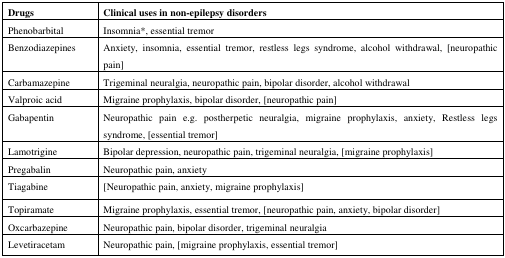
| Drugs | Clinical uses in non-epilepsy disorders |
 | --- | --- |
 | Phenobarbital | Insomnia*, essential tremor |
 | Benzodiazepines | Anxiety, insomnia, essential tremor, restless legs syndrome, alcohol withdrawal, [neuropathic pain] |
 | Carbamazepine | Trigeminal neuralgia, neuropathic pain, bipolar disorder, alcohol withdrawal |
 | Valproic acid | Migraine prophylaxis, bipolar disorder, [neuropathic pain] |
 | Gabapentin | Neuropathic pain e.g. postherpetic neuralgia, migraine prophylaxis, anxiety, Restless legs syndrome, [essential tremor] |
 | Lamotrigine | Bipolar depression, neuropathic pain, trigeminal neuralgia, [migraine prophylaxis] |
 | Pregabalin | Neuropathic pain, anxiety |
 | Tiagabine | [Neuropathic pain, anxiety, migraine prophylaxis] |
 | Topiramate | Migraine prophylaxis, essential tremor, [neuropathic pain, anxiety, bipolar disorder] |
 | Oxcarbazepine | Neuropathic pain, bipolar disorder, trigeminal neuralgia |
 | Levetiracetam | Neuropathic pain, [migraine prophylaxis, essential tremor] |